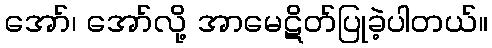
အော်၊ အော်လို့ အာမေဋိတ်ပြုခဲ့ပါတယ်။